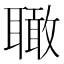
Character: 𦗪